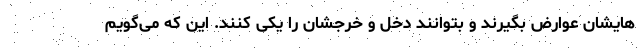
هایشان عوارض بگیرند و بتوانند دخل و خرجشان را یکی کنند. این که می‌گویم